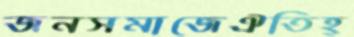
জনসমাজেঐতিহ্